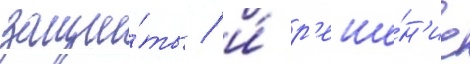
защи́ты / и́ р'еше́н'ие